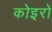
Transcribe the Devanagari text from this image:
कोइरो